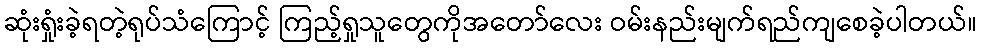
ဆုံးရှုံးခဲ့ရတဲ့ရုပ်သံကြောင့် ကြည့်ရှုသူတွေကိုအတော်လေး ဝမ်းနည်းမျက်ရည်ကျစေခဲ့ပါတယ်။